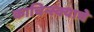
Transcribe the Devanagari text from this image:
काचिन्स्क्याचे